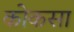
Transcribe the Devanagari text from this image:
कोकसा